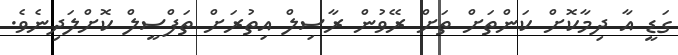
ގަޑީ އާ ދިމާކޮށް ކަންތަށް ތަށް ރޭވުން ރާސިލް އިތުރަށް ތަފްސީލް ކޮށްލަދިނެވެ.